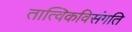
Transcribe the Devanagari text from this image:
तात्विकविसंगति